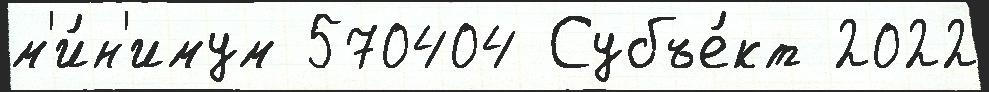
м'и́н'имум 570404 Субъе́кт 2022